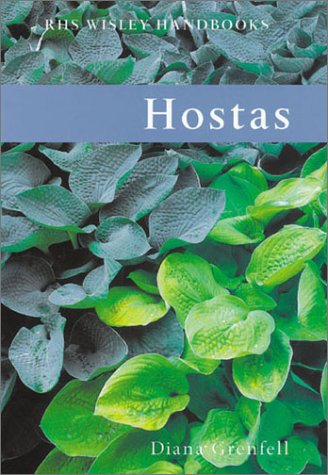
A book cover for Hostas; Diana Grenfell; Crafts, Hobbies & Home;